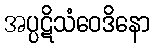
အပ္ပဋိသံဝေဒိနော